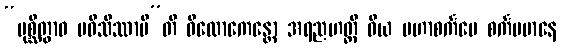
“ပုစ္ဆိတွာဝ ပဝိသိဿာမီ”တိ ဝိလောကေန္တော အရညဟတ္ထီ ဝိယ မဟာစင်္ကမေ စင်္ကမမာနေ